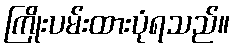
ကြိုးပမ်းထားပုံရသည်။